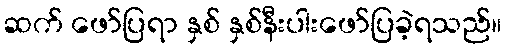
ဆက် ဖော်ပြရာ နှစ် နှစ်နီးပါးဖော်ပြခဲ့ရသည်။